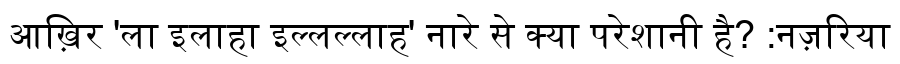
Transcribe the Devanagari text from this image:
आख़िर 'ला इलाहा इल्लल्लाह' नारे से क्या परेशानी है? :नज़रिया